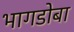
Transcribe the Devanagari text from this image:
भागडोबा